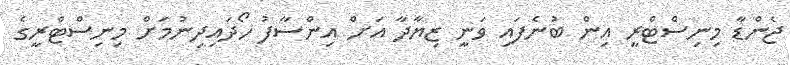
ޖެންޑާ މިނިސްޓްރީ އިން ބުނެފައި ވަނީ ޒިޔާދާ އަށް އިންސާފު ހޯދައިދިނުމަށް މިނިސްޓްރީގެ